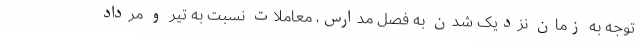
توجه به زمان نزدیک شدن به فصل مدارس، معاملات نسبت به تیر و مرداد